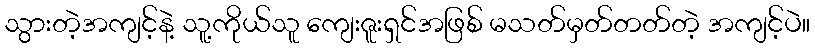
သွားတဲ့အကျင့်နဲ့ သူ့ကိုယ်သူ ကျေးဇူးရှင်အဖြစ် မသတ်မှတ်တတ်တဲ့ အကျင့်ပဲ။